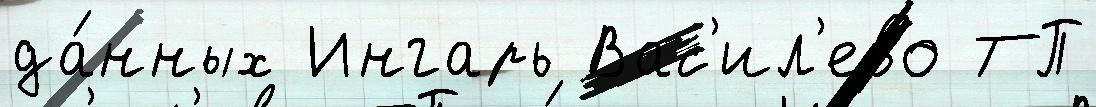
да́нных Ингарь Вас'ил'ево ТП